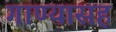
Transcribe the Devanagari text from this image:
गाण्यासह